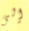
إلى